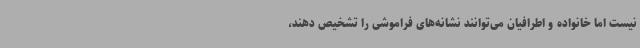
نیست اما خانواده و اطرافیان می‌توانند نشانه‌های فراموشی را تشخیص دهند،